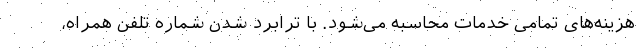
هزینه‌های تمامی ‌خدمات محاسبه می‌شود. با ترابرد شدن شماره تلفن همراه،